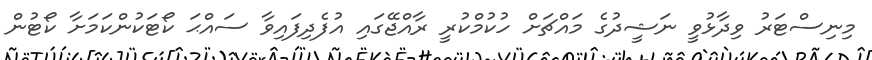
މިނިސްޓަރު ވިދާޅުވީ ނަޝީދުގެ މައްޗަށް ހުކުމްކުރީ ރާއްޖޭގައި އުފެދިފައިވާ ސައްޙަ ކޯޓަކުންކަމަށާ ކޯޓުން